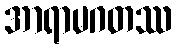
အာရာမဂတဿ